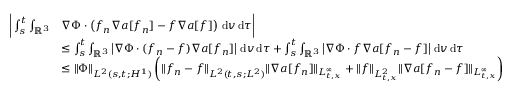
\begin{array} { r l } { \bigg | \int _ { s } ^ { t } \int _ { \ensuremath { { \mathbb R } } ^ { 3 } } } & { \nabla \Phi \cdot \left( f _ { n } \nabla a [ f _ { n } ] - f \nabla a [ f ] \right) \, \mathrm { d } v \, \mathrm { d } \tau \bigg | } \\ & { \le \int _ { s } ^ { t } \int _ { \ensuremath { { \mathbb R } } ^ { 3 } } \left\vert \nabla \Phi \cdot ( f _ { n } - f ) \nabla a [ f _ { n } ] \right\vert \, \mathrm { d } v \, \mathrm { d } \tau + \int _ { s } ^ { t } \int _ { \ensuremath { { \mathbb R } } ^ { 3 } } \left\vert \nabla \Phi \cdot f \nabla a [ f _ { n } - f ] \right\vert \, \mathrm { d } v \, \mathrm { d } \tau } \\ & { \le \| \Phi \| _ { L ^ { 2 } ( s , t ; H ^ { 1 } ) } \left( \| f _ { n } - f \| _ { L ^ { 2 } ( t , s ; L ^ { 2 } ) } \| \nabla a [ f _ { n } ] \| _ { L _ { t , x } ^ { \infty } } + \| f \| _ { L _ { t , x } ^ { 2 } } \| \nabla a [ f _ { n } - f ] \| _ { L _ { t , x } ^ { \infty } } \right) } \end{array}